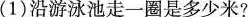
(1)沿游泳池走一圈是多少米?